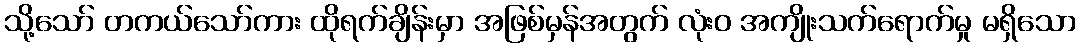
သို့သော် တကယ်သော်ကား ထိုရက်ချိန်းမှာ အဖြစ်မှန်အတွက် လုံးဝ အကျိုးသက်ရောက်မှု မရှိသော